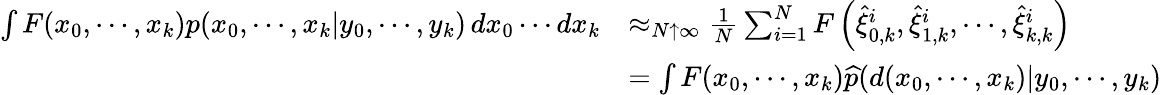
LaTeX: {\begin{array}{rl}{\int F(x_{0},\cdots,x_{k})p(x_{0},\cdots,x_{k}|y_{0},\cdots,y_{k})\, dx_{0}\cdots dx_{k}}&{\approx_{N\uparrow\infty}{\frac{1}{N}}\sum_{i=1}^{N}F\left({\widehat{\xi}}_{0,k}^{i},{\widehat{\xi}}_{1,k}^{i},\cdots,{\widehat{\xi}}_{k,k}^{i}\right)}\\ &{=\int F(x_{0},\cdots,x_{k}){\widehat{p}}(d(x_{0},\cdots,x_{k})|y_{0},\cdots,y_{k})}\end{array}}